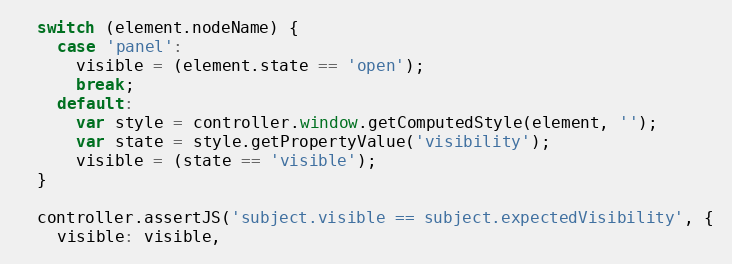
Language: JavaScript
  switch (element.nodeName) {
    case 'panel':
      visible = (element.state == 'open');
      break;
    default:
      var style = controller.window.getComputedStyle(element, '');
      var state = style.getPropertyValue('visibility');
      visible = (state == 'visible');
  }

  controller.assertJS('subject.visible == subject.expectedVisibility', {
    visible: visible,